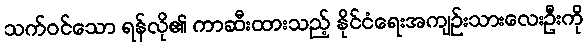
သက်ဝင်သော ရန်လို၏ ကာဆီးထားသည့် နိုင်ငံရေးအကျဉ်းသားလေးဦးကို